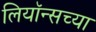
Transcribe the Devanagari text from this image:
लियॉन्सच्या